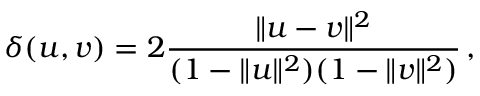
\delta ( u , v ) = 2 { \frac { \lVert u - v \rVert ^ { 2 } } { ( 1 - \lVert u \rVert ^ { 2 } ) ( 1 - \lVert v \rVert ^ { 2 } ) } } \, ,